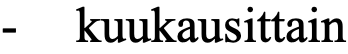
- kuukausittain